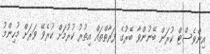
އިންވެސްޓް ކުރަން ބޭނުންވާ ބޭރުގެ ފަރާތްތައް އިތުރު ކުރުމަށް ކުރެވޭ ވަރަށް މުހިންމު